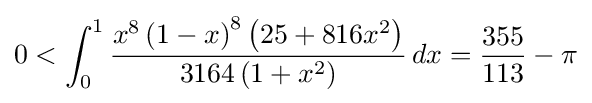
0<\int _{0}^{1}{\frac {x^{8}\left(1-x\right)^{8}\left(25+816x^{2}\right)}{3164\left(1+x^{2}\right)}}\,dx={\frac {355}{113}}-\pi